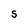
Character: S